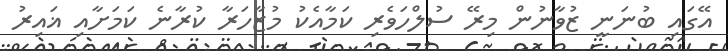
އޭގައި ބުނަނީ ޒުވާނުން މިރޭ ސުލްހަވެރި ކަމާއެކު މުޒާހަރާ ކުރާނެ ކަމަށާއި ޣައިރު